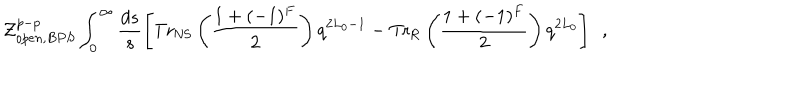
{ \cal Z } _ { o p e n , B P S } ^ { p - p } \int _ { 0 } ^ { \infty } \frac { d s } { s } \left[ \mathrm { T r } _ { \mathrm { N S } } \left( \frac { 1 + ( - 1 ) ^ { F } } { 2 } \right) q ^ { 2 L _ { 0 } - 1 } - \mathrm { T r } _ { \mathrm { R } } \left( \frac { 1 + ( - 1 ) ^ { F } } { 2 } \right) q ^ { 2 L _ { 0 } } \right] ~ ~ ,